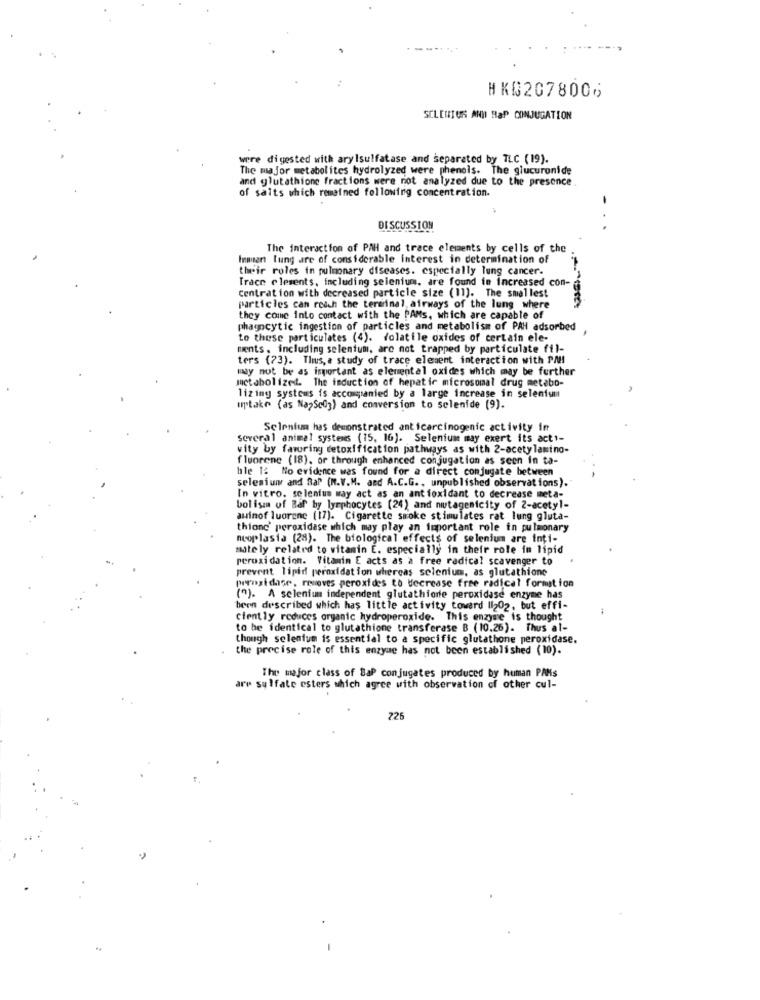
HK02078006
SCLENTOS AND Rap CONJUGATION
were digested with arylsulfatase and separated by TLC (19).
The major metabolites hydrolyzed were phenols. The glucuronide
and glutathione fractions were not analyzed due to the presence
of salts which remained following concentration.
DISCUSSION
The interaction of PAH and trace elements by cells of the
Inmart lung are of considerable interest in determination of
their roles in pulmonary diseases. especially lung cancer.
Trace elements, including selenium, are found in increased con-
Centration with decreased particle size (11). The smallest
particles can reach the terminal airways of the lung where
they come into contact with the PAMs, which are capable of
phagocytic ingestion of particles and metabolism of PAH adsorbed
to these particulates (4). folatile oxides of certain ele-
ments, including selenium, are not trapped by particulate fil-
ters (73). Thus, a study of trace element interaction with PAHI
may not be as important as elemental oxides which may be further
metabolized. The induction of hepatic microsomal drug metabo-
lizing systems is accompanied by a large increase in selenium
uptake (as NapSe03) and conversion to selenide (9).
Selenium has demonstrated ant icarcinogenic activity in
Several animal systems (15, 16). Selenium may exert its acti-
vity by farring detoxification pathways as with 2-acetylamino-
fluorene (18), or through enhanced conjugation as seen in ta-
hle 12 No evidence was found for a direct conjugate between
selenium and Bar (N.V.M. and A.C.G ., unpublished observations).
In vitro. selenium way act as an antioxidant to decrease meta-
bolism of Baf by lymphocytes (24) and mutagenicity of 2-acetyl-
auinof luorene (17). Cigarette smoke stimulates rat lung gluta-
thiong' peroxidase which may play an important role in pulmonary
neoplasia (28). The biological effects of selenium are inti-
mate ly related to vitamin E. especially in their role in lipid
reroxidation. Vitamin E acts as a free radical scavenger to
prevent lipid peroxidation whereas selenium, as glutathione
peroxi dase, reuoves peroxides to decrease free radical formation
(0). A selenium independent glutathione peroxidase enzyme has
been described which has little activity toward Il202, but effi-
ciently reduces organic hydroperoxide. This enzyme is thought
to be identical to glutathione transferase B (10.26). Thus al-
though selenium is essential to a specific glutathone peroxidase.
the precise role of this enzyme has not been established (10).
The major class of BaP conjugates produced by human PAMs
are sulfate esters which agree with observation of other cul-
226